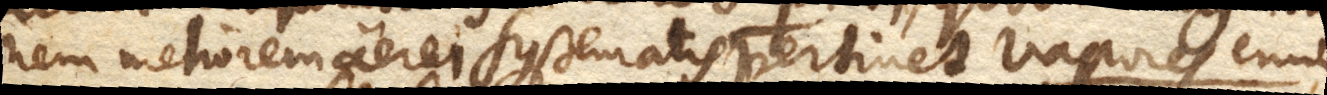
nem meliorem aerei systematis pertinet. Vapores enim